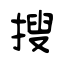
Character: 搜